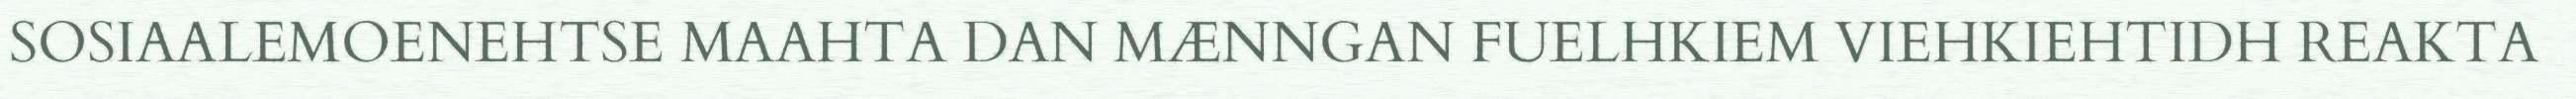
SOSIAALEMOENEHTSE MAAHTA DAN MÆNNGAN FUELHKIEM VIEHKIEHTIDH REAKTA